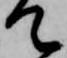
て